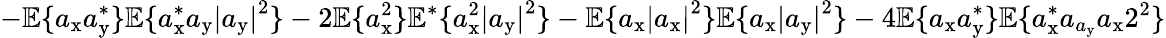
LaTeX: -\mathbb{E}\{ a_{\mathrm{x}}a_{\mathrm{y}}^{*}\} \mathbb{E}\{ a_{\mathrm{x}}^{*}a_{\mathrm{y}}\left|a_{\mathrm{y}}\right|^{2}\} -2\mathbb{E}\{ a_{\mathrm{x}}^{2}\} \mathbb{E}^{*}\{ a_{\mathrm{x}}^{2}\left|a_{\mathrm{y}}\right|^{2}\} -\mathbb{E}\{ a_{\mathrm{x}}\left|a_{\mathrm{x}}\right|^{2}\} \mathbb{E}\{ a_{\mathrm{x}}\left|a_{\mathrm{y}}\right|^{2}\} -4\mathbb{E}\{ a_{\mathrm{x}}a_{\mathrm{y}}^{*}\} \mathbb{E}\{ a_{\mathrm{x}}^{*}a_{a_{\mathrm{y}}}a_{\mathrm{x}}2^{2}\}